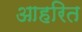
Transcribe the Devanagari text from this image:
आहरित